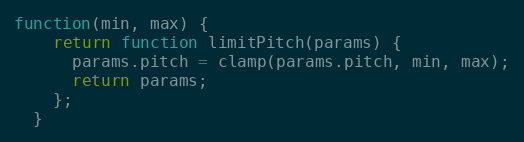
Language: JavaScript
function(min, max) {
    return function limitPitch(params) {
      params.pitch = clamp(params.pitch, min, max);
      return params;
    };
  }